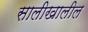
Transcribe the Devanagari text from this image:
सालीखालील